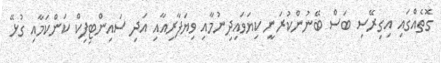
ގޮތެއްގައި އިގިރޭސި ބަސް ބޭނުންކުރަނީ ކިޔަވައިދިނުމާއި ވިޔަފާރިއާއި އަދި ސައިންޓިފިކް ކަންކަމާއި ގުޅޭ